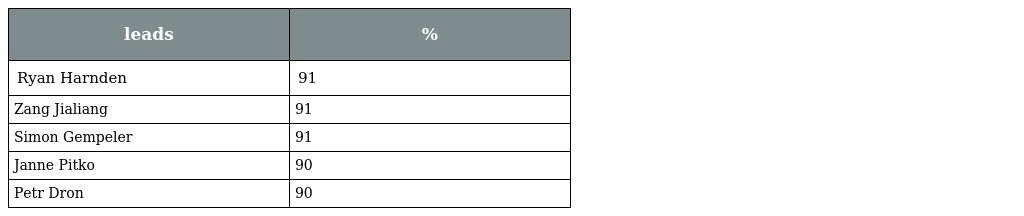
| leads | % |
 | --- | --- |
 | Ryan Harnden | 91 |
 | Zang Jialiang | 91 |
 | Simon Gempeler | 91 |
 | Janne Pitko | 90 |
 | Petr Dron | 90 |